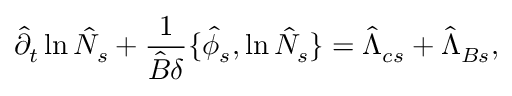
\hat { \partial } _ { t } \ln \hat { N } _ { s } + \frac { 1 } { \hat { B } \delta } \{ \hat { \phi } _ { s } , \ln \hat { N } _ { s } \} = \hat { \Lambda } _ { c s } + \hat { \Lambda } _ { B s } ,